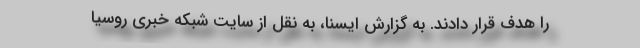
را هدف قرار دادند. به گزارش ایسنا، به نقل از سایت شبکه خبری روسیا